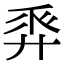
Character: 𢍒